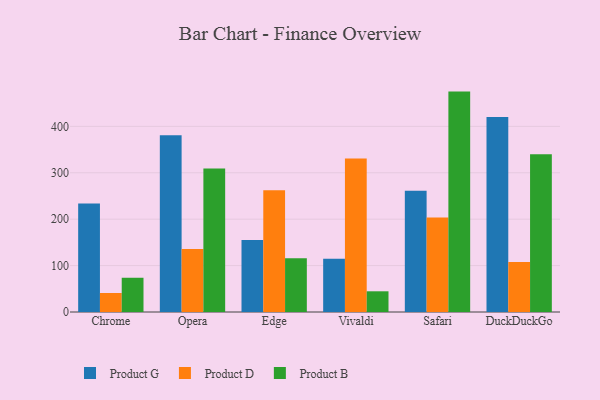
{"axis": {"x": "Browser", "y": "Headcount"}, "legend": ["Product B", "Product D", "Product G"], "data": [{"x": "Chrome", "y": 233.8, "type": "Product G"}, {"x": "Chrome", "y": 41.0, "type": "Product D"}, {"x": "Chrome", "y": 73.8, "type": "Product B"}, {"x": "Opera", "y": 381.1, "type": "Product G"}, {"x": "Opera", "y": 135.8, "type": "Product D"}, {"x": "Opera", "y": 309.0, "type": "Product B"}, {"x": "Edge", "y": 155.2, "type": "Product G"}, {"x": "Edge", "y": 262.2, "type": "Product D"}, {"x": "Edge", "y": 115.9, "type": "Product B"}, {"x": "Vivaldi", "y": 114.9, "type": "Product G"}, {"x": "Vivaldi", "y": 331.0, "type": "Product D"}, {"x": "Vivaldi", "y": 44.6, "type": "Product B"}, {"x": "Safari", "y": 261.4, "type": "Product G"}, {"x": "Safari", "y": 203.5, "type": "Product D"}, {"x": "Safari", "y": 474.9, "type": "Product B"}, {"x": "DuckDuckGo", "y": 420.2, "type": "Product G"}, {"x": "DuckDuckGo", "y": 107.7, "type": "Product D"}, {"x": "DuckDuckGo", "y": 339.8, "type": "Product B"}]}